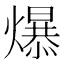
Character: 𪹼